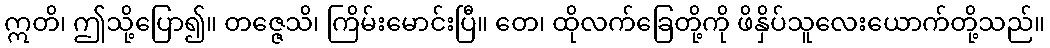
ဣတိ၊ ဤသို့ပြော၍။ တဇ္ဇေသိ၊ ကြိမ်းမောင်းပြီ။ တေ၊ ထိုလက်ခြေတို့ကို ဖိနှိပ်သူလေးယောက်တို့သည်။